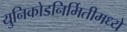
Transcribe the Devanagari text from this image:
युनिकोडनिर्मितीमध्ये